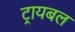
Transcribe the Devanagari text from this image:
ट्रायबल